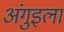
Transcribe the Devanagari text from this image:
अंगुइला